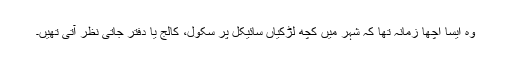
وہ ایسا اچھا زمانہ تھا کہ شہر میں کچھ لڑکیاں سائیکل پر سکول، کالج یا دفتر جاتی نظر آتی تھیں۔